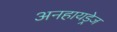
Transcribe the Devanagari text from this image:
अनहायड्रेज